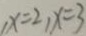
, x = 2 , x = 3